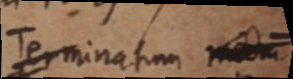
Terminatum _